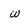
Character: w